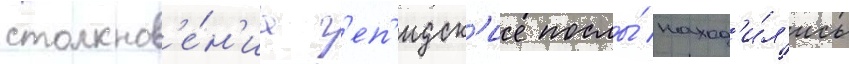
столкнов'е́н'иа г'еп'идск'ие послы́ наход'и́л'ись